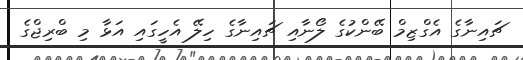
ޗައިނާގެ އެގްޒިމް ބޭންކުގެ ލޯނާއި ޗައިނާގެ ހިލޭ އެހީގައި އަޅާ މި ބްރިޖްގެ